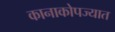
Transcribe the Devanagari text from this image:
कानाकोपज्यात